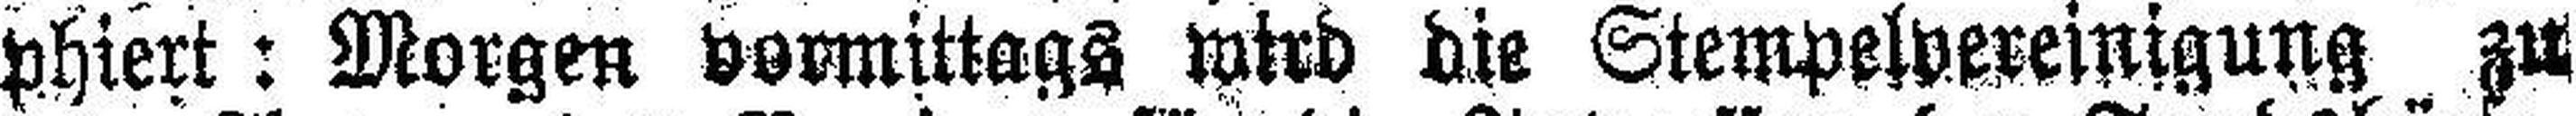
phiert : Morgen vormittags wird die Stempelvereinigung zu